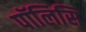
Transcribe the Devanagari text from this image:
पॉलिसि